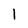
Character: 1